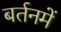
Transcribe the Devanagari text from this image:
बर्तनमें